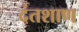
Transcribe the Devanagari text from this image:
दंतशाण